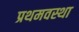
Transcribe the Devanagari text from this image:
प्रथमवस्था